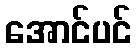
အောင်ပင်